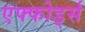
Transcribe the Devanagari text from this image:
एफ्फोर्ड्स